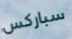
سباركس